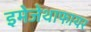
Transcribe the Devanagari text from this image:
इमेजेथाफायर